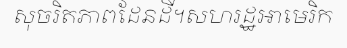
សុចរិតភាពដែនដី។សហរដ្ឋអាមេរិក